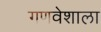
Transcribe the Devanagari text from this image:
गणवेशाला